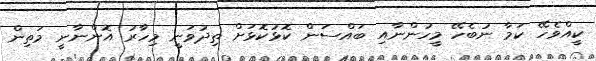
ކީއްވެހޭ ކަމާ ނުބެހޭ މީހުންނާއި ބައްސަން ކޮޅުކޮޅަށް ތިދުވަނީ މިހާރު އޮންނާނީ މަތިން